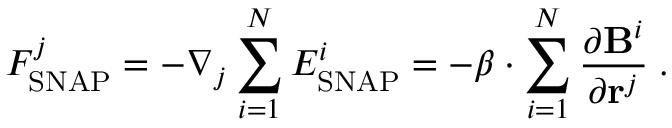
F _ { \mathrm { S N A P } } ^ { j } = - \nabla _ { j } \sum _ { i = 1 } ^ { N } E _ { \mathrm { S N A P } } ^ { i } = - \boldsymbol { \beta } \cdot \sum _ { i = 1 } ^ { N } \frac { \partial \mathbf { B } ^ { i } } { \partial \mathbf { r } ^ { j } } \; .